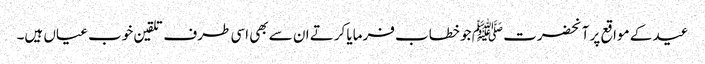
عید کے مواقع پر آنحضرت ﷺ جو خطاب فرمایا کرتے ان سے بھی اسی طرف تلقین خوب عیاں ہیں۔